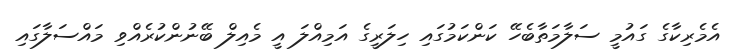
އެމެރިކާގެ ގައުމީ ސަލާމަތާބެހޭ ކަންކަމުގައި ހިލަރީގެ އަމިއްލަ އީ މެއިލް ބޭނުންކުރެއްވި މައްސަލާގައި